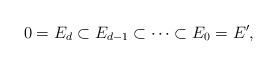
LaTeX: \begin{align*} 0 = E_d \subset E_{d-1} \subset \cdots \subset E_0 = E', \end{align*}